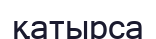
қатырса